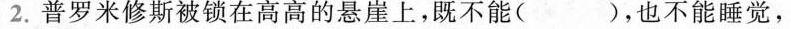
2.普罗米修斯被锁在高高的悬崖上，既不能( )，也不能睡觉，